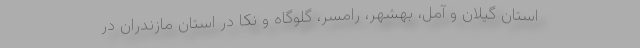
استان گیلان و آمل، بهشهر، رامسر، گلوگاه و نکا در استان مازندران در